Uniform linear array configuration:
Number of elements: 16
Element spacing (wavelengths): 0.75
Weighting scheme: kaiser
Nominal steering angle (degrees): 30
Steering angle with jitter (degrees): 29.79
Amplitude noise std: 0.05
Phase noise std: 0.05

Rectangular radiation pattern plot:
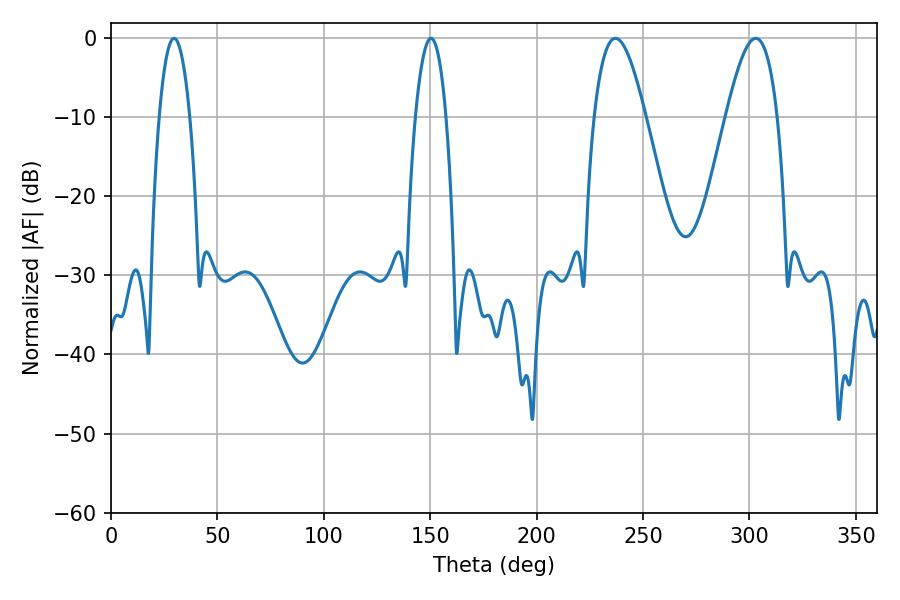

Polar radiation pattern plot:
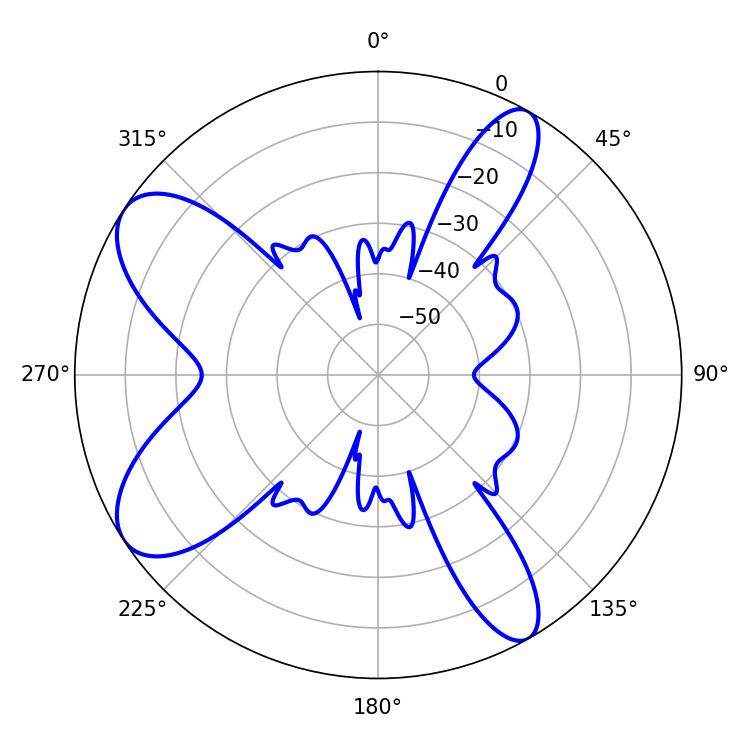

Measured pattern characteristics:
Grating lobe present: TRUE
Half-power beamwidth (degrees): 13.14
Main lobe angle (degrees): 237.06